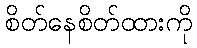
စိတ်နေစိတ်ထားကို